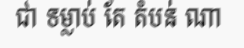
ជា ទម្លាប់ តែ តំបន់ ណា